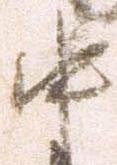
中